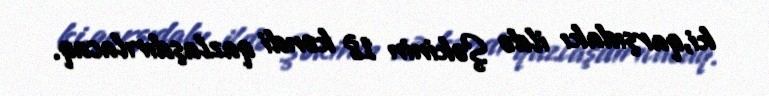
ki,qarşıdakı ildə Şəkinin 18 kəndi qazlaşdırılacaq.